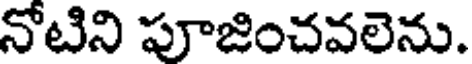
నోటిని పూజించవలెను.